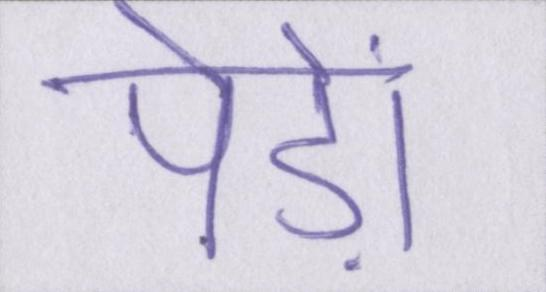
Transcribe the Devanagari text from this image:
पेड़ों